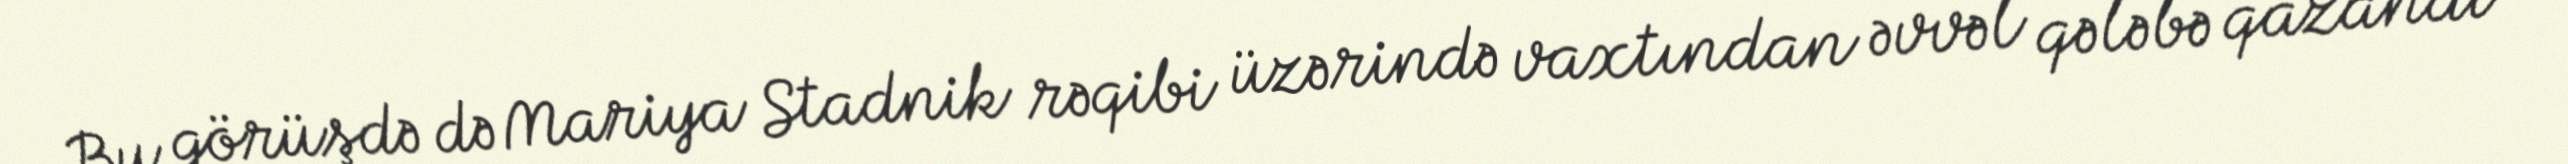
Bu görüşdə də Mariya Stadnik rəqibi üzərində vaxtından əvvəl qələbə qazandı